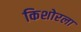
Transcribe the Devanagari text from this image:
किशोरला